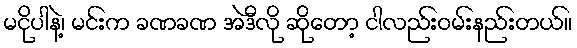
မငိုပါနဲ့၊ မင်းက ခဏခဏ အဲဒီလို ဆိုတော့ ငါလည်းဝမ်းနည်းတယ်။